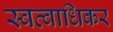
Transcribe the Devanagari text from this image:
स्वत्वाधिकर